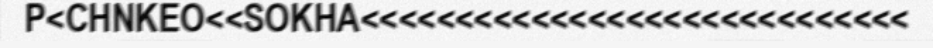
P<CHNKEO<<SOKHA<<<<<<<<<<<<<<<<<<<<<<<<<<<<<